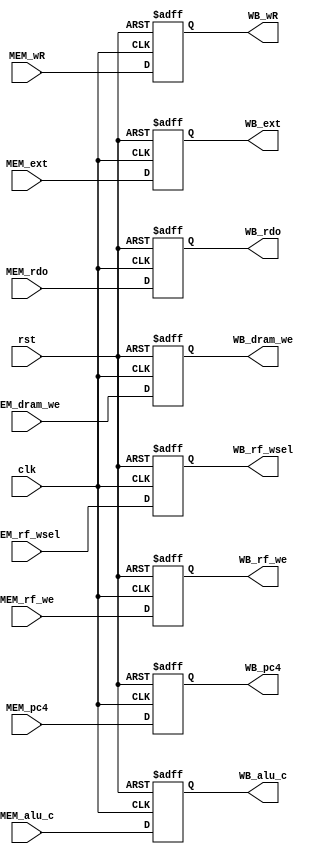
module MEM_WB (
    input wire        clk,
    input wire        rst,

    input wire [31:0] MEM_pc4,
    input wire [31:0] MEM_alu_c,
    input wire [4:0]  MEM_wR,
    input wire [31:0] MEM_rdo,
    input wire [1:0]  MEM_rf_wsel,
    input wire        MEM_rf_we,
    input wire        MEM_dram_we,
    input wire [31:0] MEM_ext,
    output reg [31:0] WB_pc4,
    output reg [31:0] WB_alu_c,
    output reg [4:0]  WB_wR,
    output reg [31:0] WB_rdo,
    output reg [1:0]  WB_rf_wsel,
    output reg        WB_rf_we,
    output reg        WB_dram_we,
    output reg [31:0] WB_ext
    );

    always @(posedge clk or posedge rst) begin
        if (rst) begin
            WB_pc4    <= 0;
            WB_alu_c  <= 0;
            WB_wR     <= 0;
            WB_rdo    <= 0;
            WB_rf_wsel<= 0;
            WB_rf_we  <= 0;
            WB_dram_we<= 0;
            WB_ext    <= 0;
        end
        else begin
            WB_pc4    <= MEM_pc4;
            WB_alu_c  <= MEM_alu_c;
            WB_wR     <= MEM_wR;
            WB_rdo    <= MEM_rdo;
            WB_rf_wsel<= MEM_rf_wsel;
            WB_rf_we  <= MEM_rf_we;
            WB_dram_we<= MEM_dram_we;
            WB_ext    <= MEM_ext;
        end
    end
    endmodule